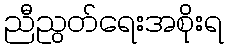
ညီညွတ်ရေးအစိုးရ